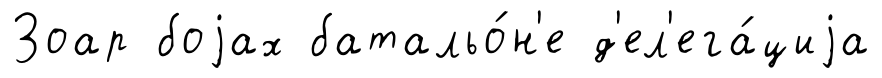
Зоар боjах батальо́н'е д'ел'ега́циjа